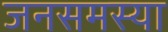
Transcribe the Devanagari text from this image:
जनसमस्या